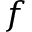
f